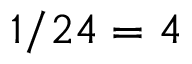
1 / 2 4 = 4 \